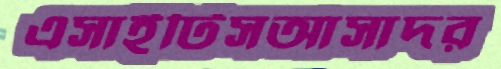
এসাইটিসআসাদর